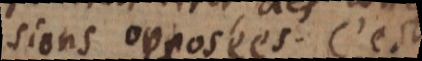
conclusions opposées. C’est